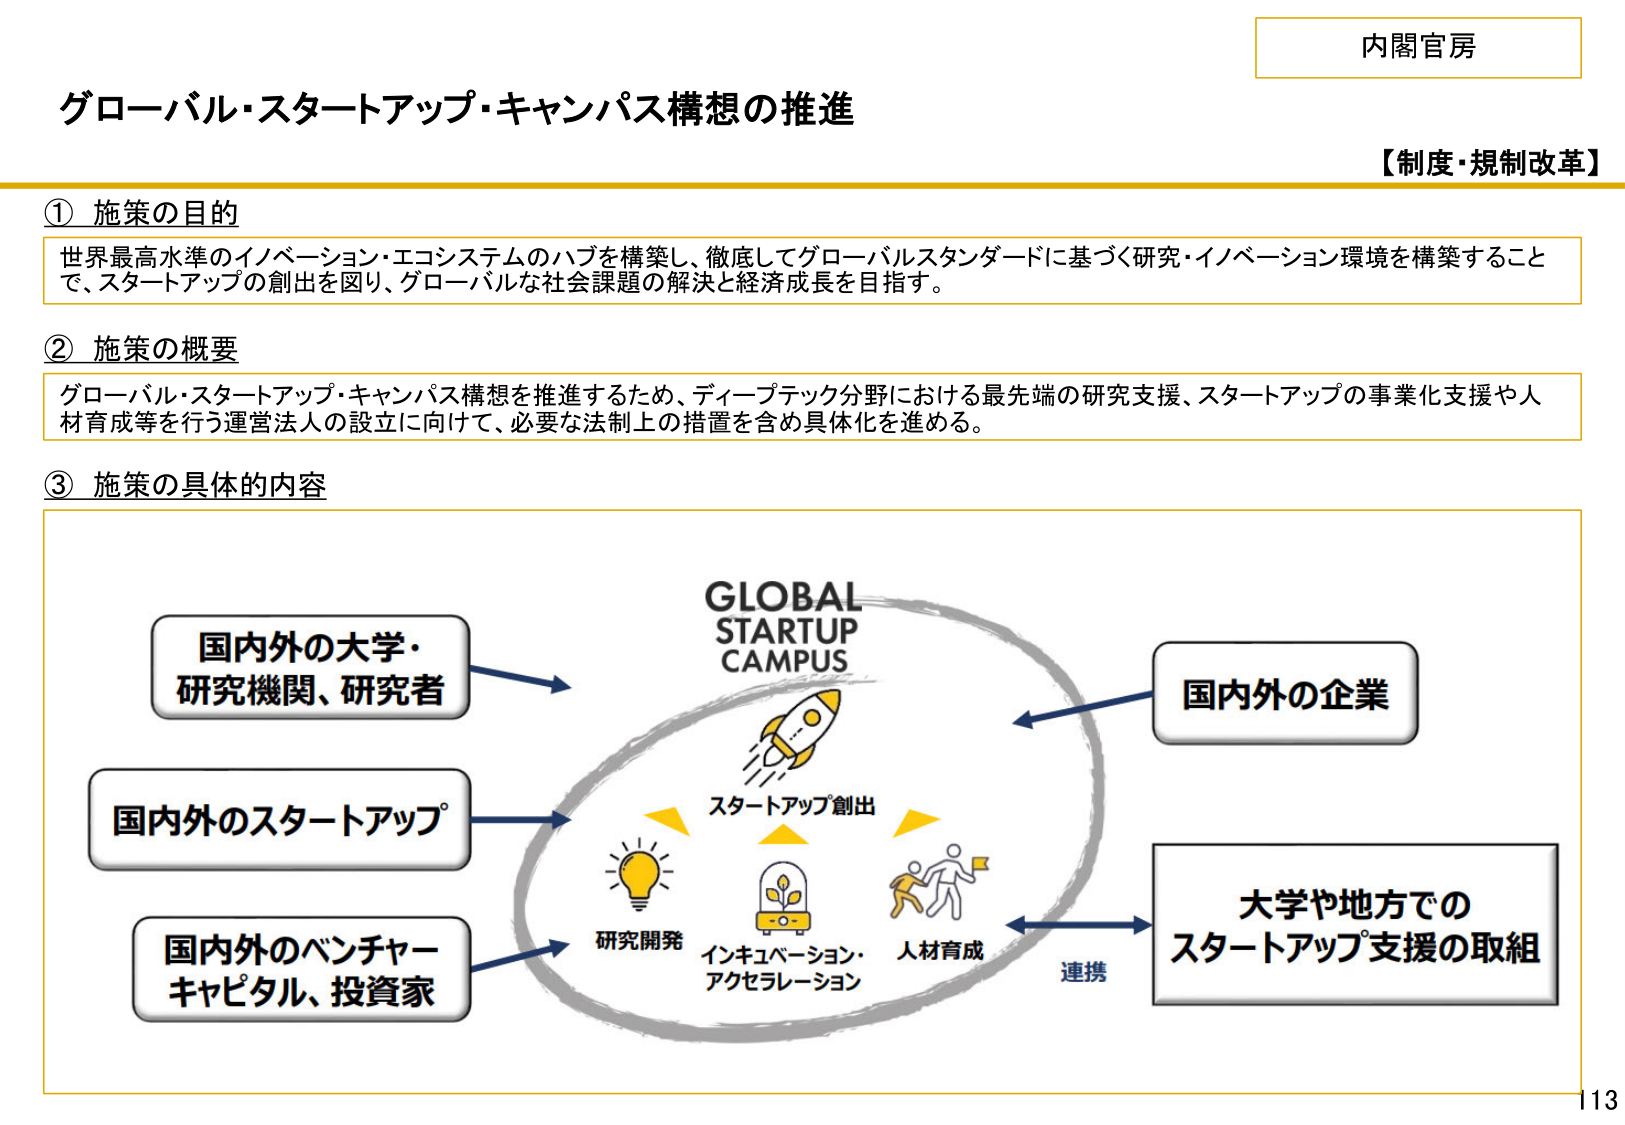
内閣官房

グローバル・スタートアップ・キャンパス構想の推進

【制度・規制改革】

① 施策の目的
世界最高水準のイノベーション・エコシステムのハブを構築し、徹底してグローバルスタンダードに基づく研究・イノベーション環境を構築することで、スタートアップの創出を図り、グローバルな社会課題の解決と経済成長を目指す。

② 施策の概要
グローバル・スタートアップ・キャンパス構想を推進するため、ディープテック分野における最先端の研究支援、スタートアップの事業化支援や人材育成等を行う運営法人の設立に向けて、必要な法制上の措置を含め具体化を進める。

③ 施策の具体的な内容

GLOBAL
STARTUP
CAMPUS

国内外の大学・
研究機関、研究者

国内外のスタートアップ

国内外のベンチャー
キャピタル、投資家

スタートアップ創出

研究開発
インキュベーション・
アクセラレーション
人材育成

国内外の企業

大学や地方での
スタートアップ支援の取組

連携

113